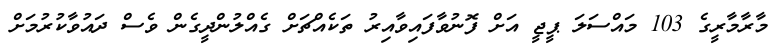
މާރާމާރީގެ 103 މައްސަލަ ޕީޖީ އަށް ފޮނުވާފައިވާއިރު ތަކެއްޗަށް ގެއްލުންދީގެން ވެސް ދައުވާކުރުމަށް